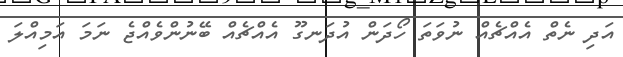
އަދި ނެތް އެއްޗެއް ނުވަތަ ހޯދަން އުދަނގޫ އެއްޗެއް ބޭނުންވެއްޖެ ނަމަ އަމިއްލަ